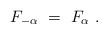
LaTeX: \begin{align*} F_{-\alpha}~=~F_\alpha~.\end{align*}